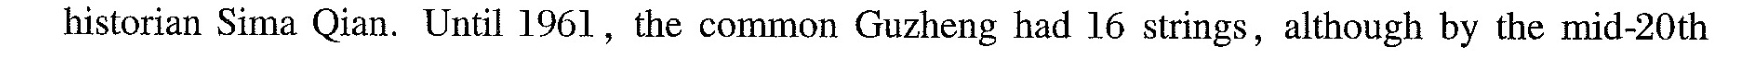
historian Sima Qian. Until 1961,the common Guzheng had l6 strings,although by the mid-20th